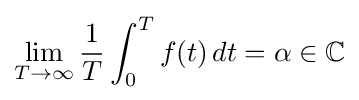
\lim _{T\to \infty }{\frac {1}{T}}\int _{0}^{T}f(t)\,dt=\alpha \in \mathbb {C}